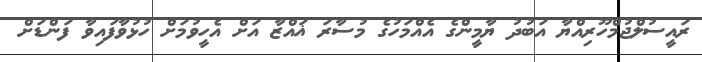
ރައީސުލްޖުމްހޫރިއްޔާ އަބުދު ޔާމީންގެ އެއްމަހުގެ މުސާރަ ޣައްޒާ އަށް އެހީވުމަށް ހުޅުވާފައިވާ ފަންޑަށް